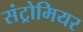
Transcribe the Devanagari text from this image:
संट्रोमियर